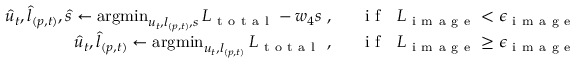
\begin{array} { r l } { \hat { u } _ { t } , \hat { l } _ { ( p , t ) } , \hat { s } \leftarrow \operatorname * { a r g m i n } _ { u _ { t } , l _ { ( p , t ) } , s } L _ { \mathrm { ~ t ~ o ~ t ~ a ~ l ~ } } - w _ { 4 } s \ , \ \ } & { { } \mathrm { ~ i ~ f ~ } \ \ L _ { \mathrm { ~ i ~ m ~ a ~ g ~ e ~ } } < \epsilon _ { \mathrm { ~ i ~ m ~ a ~ g ~ e ~ } } } \\ { \hat { u } _ { t } , \hat { l } _ { ( p , t ) } \leftarrow \operatorname * { a r g m i n } _ { u _ { t } , l _ { ( p , t ) } } L _ { \mathrm { ~ t ~ o ~ t ~ a ~ l ~ } } \ , \ \ } & { { } \mathrm { ~ i ~ f ~ } \ \ L _ { \mathrm { ~ i ~ m ~ a ~ g ~ e ~ } } \geq \epsilon _ { \mathrm { ~ i ~ m ~ a ~ g ~ e ~ } } , } \end{array}